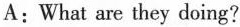
A: What are they doing?